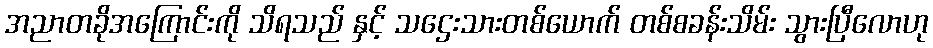
အညာတခိုအကြောင်းကို သိရသည် နှင့် သဌေးသားတစ်ယောက် တစ်စခန်းသိမ်း သွားပြီလောဟု